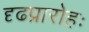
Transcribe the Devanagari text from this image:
दृढप्रारोहः